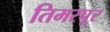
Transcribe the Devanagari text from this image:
तिमरपूर